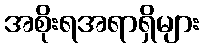
အစိုးရအရာရှိများ